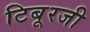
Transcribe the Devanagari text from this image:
टिबूरजी